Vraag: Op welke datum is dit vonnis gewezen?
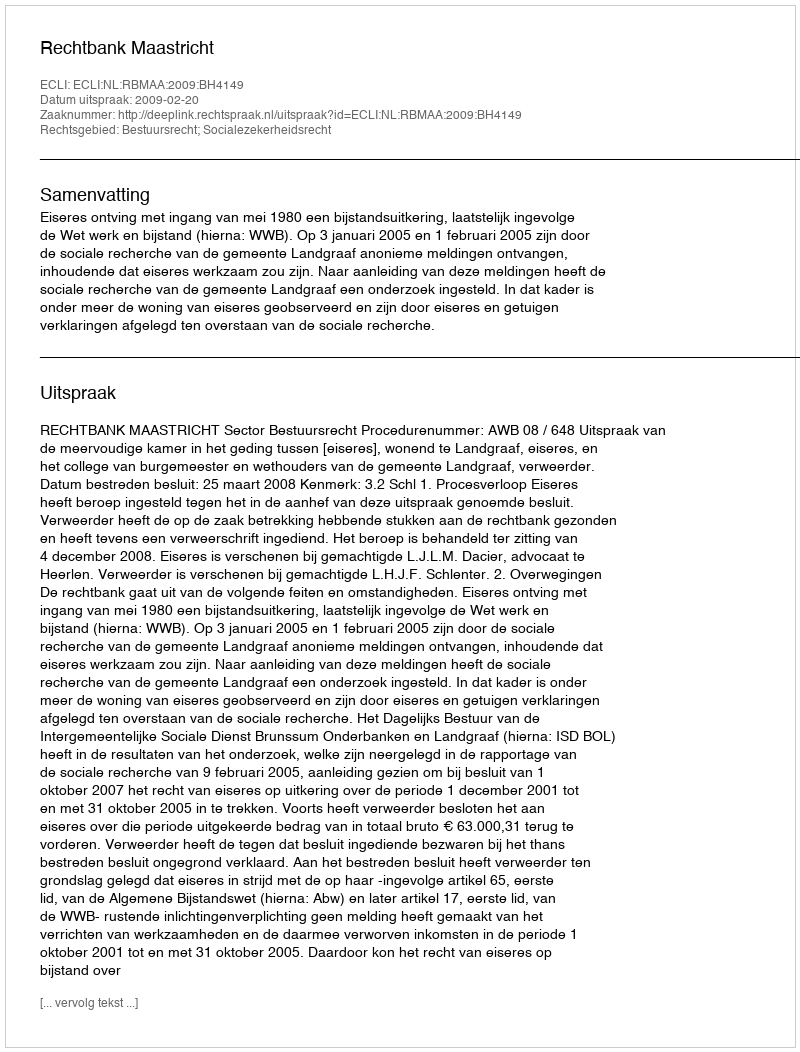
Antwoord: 2009-02-20